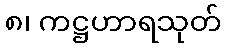
၈၊ ကဋ္ဌဟာရသုတ်